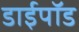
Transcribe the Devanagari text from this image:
डाईपॉड